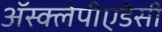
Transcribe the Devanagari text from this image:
अॅस्क्लेपीएडेसी